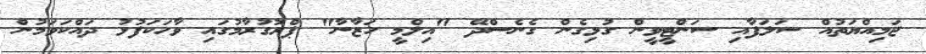
ޖަމިއްޔަތުއް ސަލަފާއި ސަންޓީވީން ގުޅިގެން ގެނެސްދޭ "އިލްމީ ހަޒާނާ" ޕްރޮގުރާމުގައި ވާހަކަފުޅު ދައްކަވަމުން